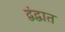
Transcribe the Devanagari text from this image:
द्वंद्वात